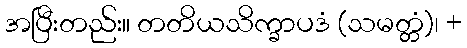
အပြီးတည်း။ တတိယသိက္ခာပဒံ (သမတ္တံ)၊ +